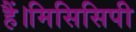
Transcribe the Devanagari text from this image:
हैं।मिसिसिपी